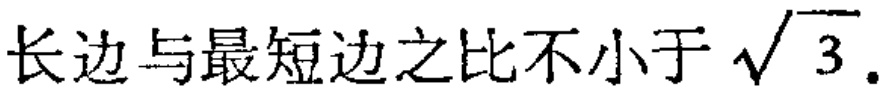
长边与最短边之比不小于\(\sqrt{3}\).